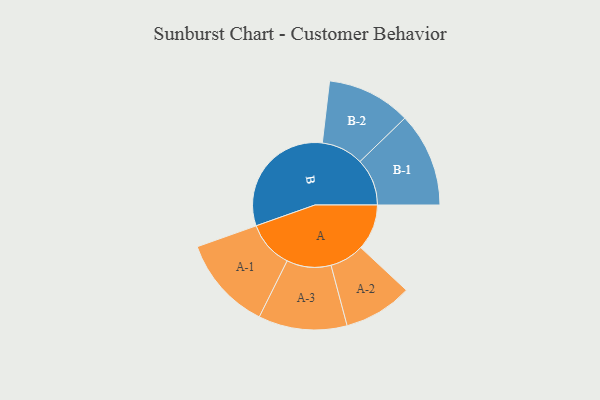
{"axis": {"x": "Segment", "y": "Value"}, "legend": ["", "A", "B"], "data": [{"x": "A", "y": 162, "type": ""}, {"x": "B", "y": 438, "type": ""}, {"x": "A-1", "y": 166, "type": "A"}, {"x": "A-2", "y": 121, "type": "A"}, {"x": "A-3", "y": 156, "type": "A"}, {"x": "B-1", "y": 166, "type": "B"}, {"x": "B-2", "y": 148, "type": "B"}]}